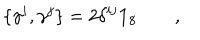
LaTeX: \{ \gamma ^ { i } , \gamma ^ { j } \} = 2 \delta ^ { i j } \mathbf { 1 } _ { 8 } \qquad ,